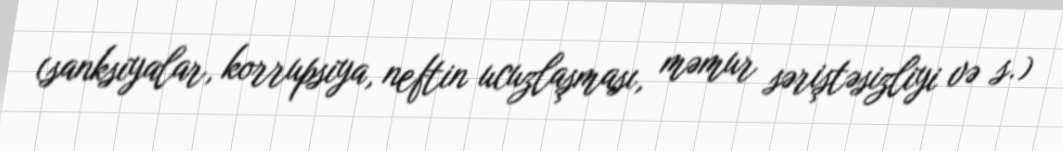
(sanksiyalar, korrupsiya, neftin ucuzlaşması, məmur səriştəsizliyi və s.)